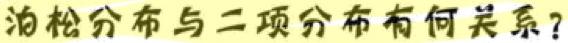
泊松分布与二项分布有何关系？